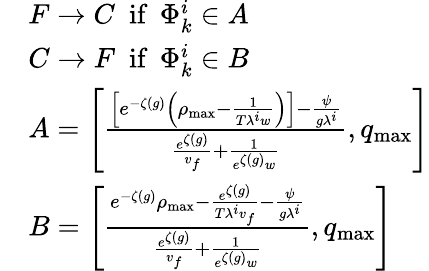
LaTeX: \begin{array}{rl}&{F\rightarrow C\ \ \textrm{if}\ \ \Phi_{k}^{i}\in A}\\ &{C\rightarrow F\ \ \textrm{if}\ \ \Phi_{k}^{i}\in B}\\ &{A=\left[\frac{\left[e^{-\zeta(g)}\left(\rho_{\operatorname*{max}}-\frac{1}{T\lambda^{i}w}\right)\right]-\frac{\psi}{g\lambda^{i}}}{\frac{e^{\zeta(g)}}{v_{f}}+\frac{1}{e^{\zeta(g)}w}},q_{\operatorname*{max}}\right]}\\ &{B=\left[\frac{e^{-\zeta(g)}\rho_{\operatorname*{max}}-\frac{e^{\zeta(g)}}{T\lambda^{i}v_{f}}-\frac{\psi}{g\lambda^{i}}}{\frac{e^{\zeta(g)}}{v_{f}}+\frac{1}{e^{\zeta(g)}w}},q_{\operatorname*{max}}\right]}\end{array}